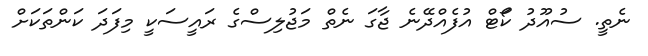
ނެތީ. ސުއޫދު ކޯަޓް އުފެއްދޭނެ ޖާގަ ނެތް މަޖުލިސްގެ ރައީސަކީ މިފަދަ ކަންތަކަށް